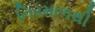
નિરમાળથી